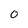
Character: 0